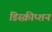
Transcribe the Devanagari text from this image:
डिस्क्रीप्शन